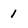
Character: 1